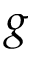
g